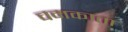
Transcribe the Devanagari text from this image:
चमकाता